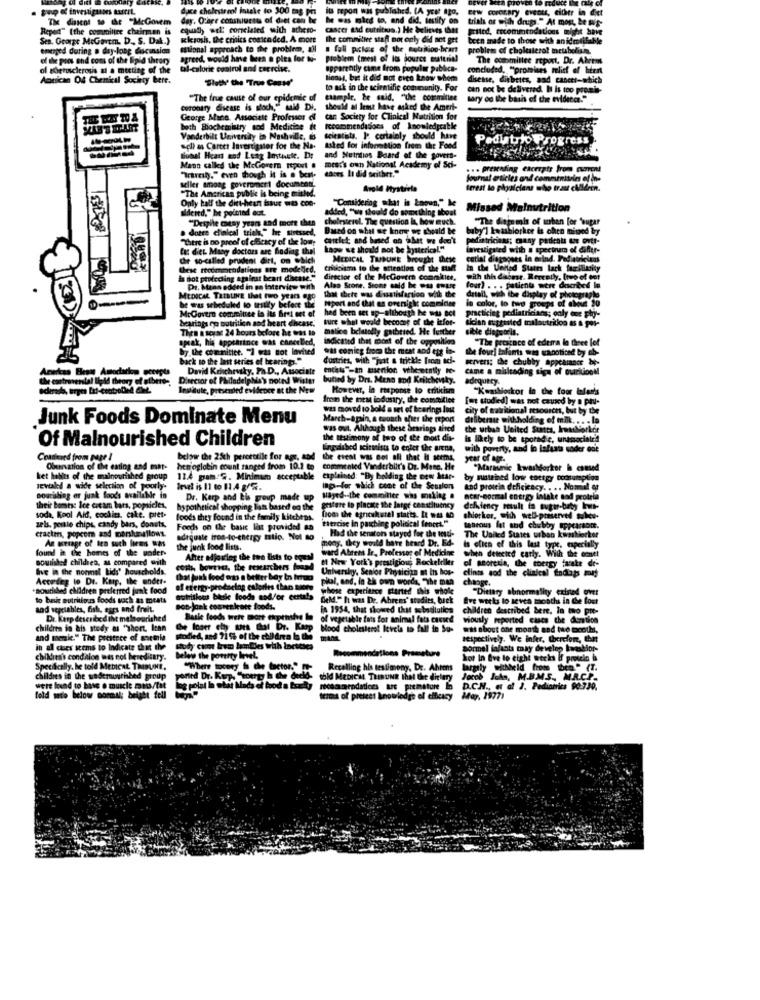
duce cholesterol intake to 300 mas pin
its repon was published. (A year ago,
Few coronary events, either in diet
The dissent to de "McGowem
dar. O'are consuetu of diet can be he was mies to, and did, testify on trials ar with drugs." At most, be Hip-
Report" (the committee chairman is
equally wel' correlated with achero- cancer and cutsitios.) He believes that grated, recommendations might have
Sen. George MiGotm. D ., S. Dak.}
kkeyosh, the critics contended. A more
The commitive staff not only did not get
been made to those with anidmdibab
emtaged during a day-long ducunsion
cional approach to the problem, all . fall poles of the totrition-brant
problem of cholesterol meubelin.
of the pros and cons of the lipid theory
agreed, would have been a pies for t-
problem (mest of Its jource musttrial
The commillee report. Dr. Ahrens
of setosclerosis at a meeting of the
tal-calorie control and coercise.
apparently came from popular publica-
concluded, "promises mlist of hier
Antican Of Chemical Society bere.
tienes, but it did not even know whom
disease, diabetes, aad cances-which
to ask in the scientific community. For
can not be delivered. It is too promis
"The true cause of our epidemic of
example, be said, "the committee
sary od the basis of the evidence."
coronary disease is sloch," Mid Di.
should al lest have asked the Ameri-
George Mico, Associate Professor of
can Society for Clinical Nutrition for
both Biochemistry sod Medicine & recommendations of Inomledyrable
Vanderbilt University in Nashville, 6
sciestats. I :. certainly should have
Peditrk Progress
acl) as Carter Investigator for the Na-
asked for information from the Food
dobst Heart sod Leag Inthete. Dr
and Muintos Board of the govers-
Mano called the McGovern repent .
meat's own National Academy of Sci-
... presenting excerpts from current
"rarely." even though it is a best.
seller among government documcon.
ences It did orither."
Journal articles and commitniveles of in-
"The American public is being misled.
Avold Mystirla
feest lo physicians who trast cMldrin.
Only half the diet-hean faur was con-
"Considering what is Lapun," he
dieied," he pointed dot.
added, "we should do something about
Missed Malnutrition
"Despite cocay years and more thes cholesterol. The question Ia, how much.
"The dome mis of when for "sugar
. donce clinical trial," he sivessed, Based on what se koor we should be
Sould K
buby'l kwashiorker is chen mived by
"There is no preof of efficacy of the lon,
caitlet and based on abet we don't
we don't
fat diet. Many doctors are finding thal
hapw we should not be hysterical."
investigated with a spectrum of differ-
che so-called prudent dirt, on which
MEDICAL TRIBUNE brought these
cotial diegooses in erind. Pediatrieleas
these recommendations are modelled.
criticisms to the attention of the tuMl
In the Wanted States lack familiarity
la not protecting against heart disease." director of the McGovern comnicite.
with this discese. Recently, trwo of ent
Pr. Maan edded in an Interview with
that dete was dusatisfaction with the
Alna Stone, Scone sald he was eware
four) . . . patients were docked le
MEDICAL TRIBUNE that two years ago
be was scheduled to testify before she Iport and that as onenight committee
detail, with the display of photographe
McGovern committee to lts firet set of
hed been set up-although he was set
in color, to two groups of alloue 20
bearings ep nutrition and heart disease.
bure what would become of the infor-
practicing pediatricians; only one phy-
tician suggested maloutrikoo &s & por-
Then a sonst 24 hours before he was In
malice belutolly gathered. He further
sible dispooris.
speak, his appearince was cancelled,
indicated that most of the opposition
"The prescace of ederra lo three lof
by the commitict. "I was tot lavhed
was coming from the meat and tog Io-
the four] tafamts was wanoticed by ob-
25
back to the last series of bearings."!
dustries, with "just a trickle [som ad-
servers; the chubby appearance be-
Americas Best Amocarlos ecerpts
David Kricheviky, Ph. D ., Associate
enthus"-an susenior vihesetnily It-
cane a misleading sign of ouritionMl
the costravenlal lipid theory of albero -,
the contravenlal Ilpid theory of albero -,
butind by Drs. Mens and Keilchevsky.
adequery.
Ingatute, presented evidence at the New
However, In response to criticism
However, In response to criticism
"Kwashiorkor in the foor lalan's
from the new industry, the comillet
[ut studied) was not caund by a plu-
was moved to bold a set of bearings Int
city of talkional resources, but by the
Junk Foods Dominate Menu
March-again, a tounch gher the report
deliberate with-hol
thholding of milk .. . . Io
was out. Although these Sesrings tired
the urban United States, Iwasberker
Of Malnourished Children
the testimony of two of the most dis-
Is likely to be sporadic, unasociale'!
lingarbed acinsists to enter the arena,
with poverty, and to infanta soder ose
Coacered from page 1
below the 25th percentile for age, and
the ereat was Bol all that It seems,
year of agr.
Oburation of the eating and mat-
hemoglobin count ranged from 10.1 te
commented Vanderbilt's Dr. Masc. He
"Maraunic kwasMorker & csmud
ket habits of the malnourished group 12.4 gram:S. Minimum acceptable explained: "By holding the new htar-
by sustehed low energy consumption
evald a wide selection of poorly-
Beve is 11 to 11.4 g/G.
inp-for which cont of the Seuslon
and protein deficiency. . .. Nomat eg
pouraling er junk foods available in
Dr. Karp and Eis group made up
Hayed -- the committee was making .
near-normal energy intake sod protein
their bomess Ice cotam bars, popsicles,
hypothetical shopping
pping lian based on the
gosfere ip placate the large constituency
soda, Kool Aid, cookits, cake. pret-
foods they found in the family kitchens.
from the agricukstal starts. It was 40
tercise in patching political fencet."
shiorker, with well-preserved woles-
zels. portie chips, candy bars, donuts,
cracten, popcom and marshmallows.
Foods on the banc list provided as
Had the senators stayed for the testi-
tasrous fat and chubby appearsom.
The United States urban kwashiorker
An weiage of tea such biems was
adequate tros-to-energy tatic. Not to
mony. they would have heard Dr. Ed-
found in the homes of the poder-
the junk food lists.
ward Abrem Ir, Professor of Medicine
when detected carly. With the emnet
is ctica of this last type, especially
nourished children, as compared with
Alter adjosring the tos lists to tosal
M New York's prestigious Rockeldler
of anorexia, the energy faste de-
live in the normal Lids' houscholds.
cost, bowties, the researchers home
Universky, Senior Physician at Its hos-
clints sod the clinical fadips mit
Acordes to Dr. Karp, the endet.
Chal junk food orts a better bay in hermo
pll, and, in 25 own words, "The man
change.
habed children preferred junk food
of etergy-producing calories than more
whose experience started this whole
"Dietary abnormally existed over
to basic nutritious foods sach as meats
nutritions basic foods and/or certala Geld." I was De. Ahrens' studies, buek
Bve weeks lo sevea months in the lost
and vegetables, fish, eggs and freit.
sob jank cosscaleate foods.
ip 1954, that showed that sobadtulics
children described bere, la tao pre-
Dr. Kerp described iht malnourished
Baske foods were more ciptinthe In of vegetable fats for animal fats caused
viously reported casca the duration
children in ais study as "short. Ican
Che loger ethy uts that Dr. Kap Nood cholesterol levels to fall in Su-
was about one month and the booth,
and meric." The prestece of metria
stodied, and 71 5% of the childrea b &%
respectively. We infer, Wherefen, the
in all cases seems to Indicate that the
pormel falants may develop Iwashior-
children's condition was not hereditaty.
Delen the poverty level.
hot In five to eight weeks if protein is
Specifically. he told Mtbicat. TRIBUNE,
"Where tocery S che factor."
Recalling his testimony. De. Ahrens
largely withheld from ben" (T.
childres in the wederurhbed group
ported Dr. Kurp. Cecerty b che deeld-
thid MEDICAL TRIBUNE that the dieley
Jacob Joka, MBMS. MACP.
were found to bass o muscle mus/fat
log polat I what Mads of food a tracky recommendations are premstore la D.C.H ., et al ), Pediatrics 90-730,
told meto below normal; belghe fell
teams of presset knowledge of elfutcy
May, 19771